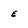
Character: E